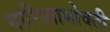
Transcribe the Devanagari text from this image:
चारित्र्याभोवती